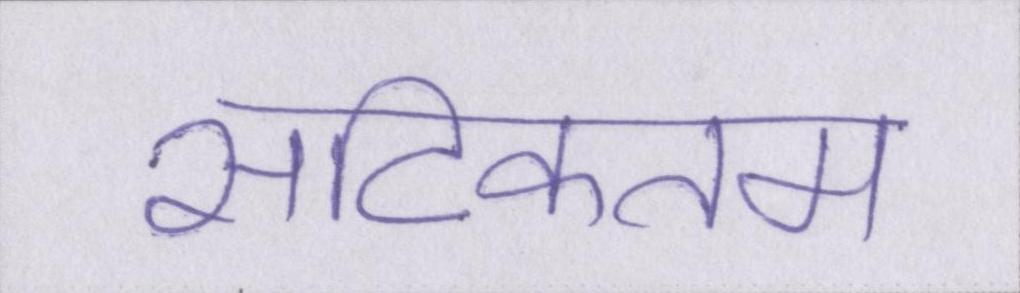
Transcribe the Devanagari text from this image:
सटिकतम